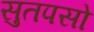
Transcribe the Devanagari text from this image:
सुतपसो